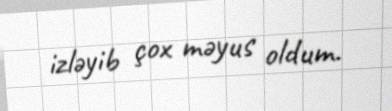
izləyib çox məyus oldum.